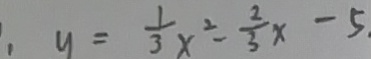
, y = \frac { 1 } { 3 } x ^ { 2 } - \frac { 2 } { 3 } x - 5 .